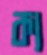
ক্য